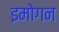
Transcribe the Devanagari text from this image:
इमोगन